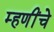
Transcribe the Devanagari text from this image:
म्हणींचे